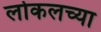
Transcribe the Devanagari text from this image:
लोकलच्या